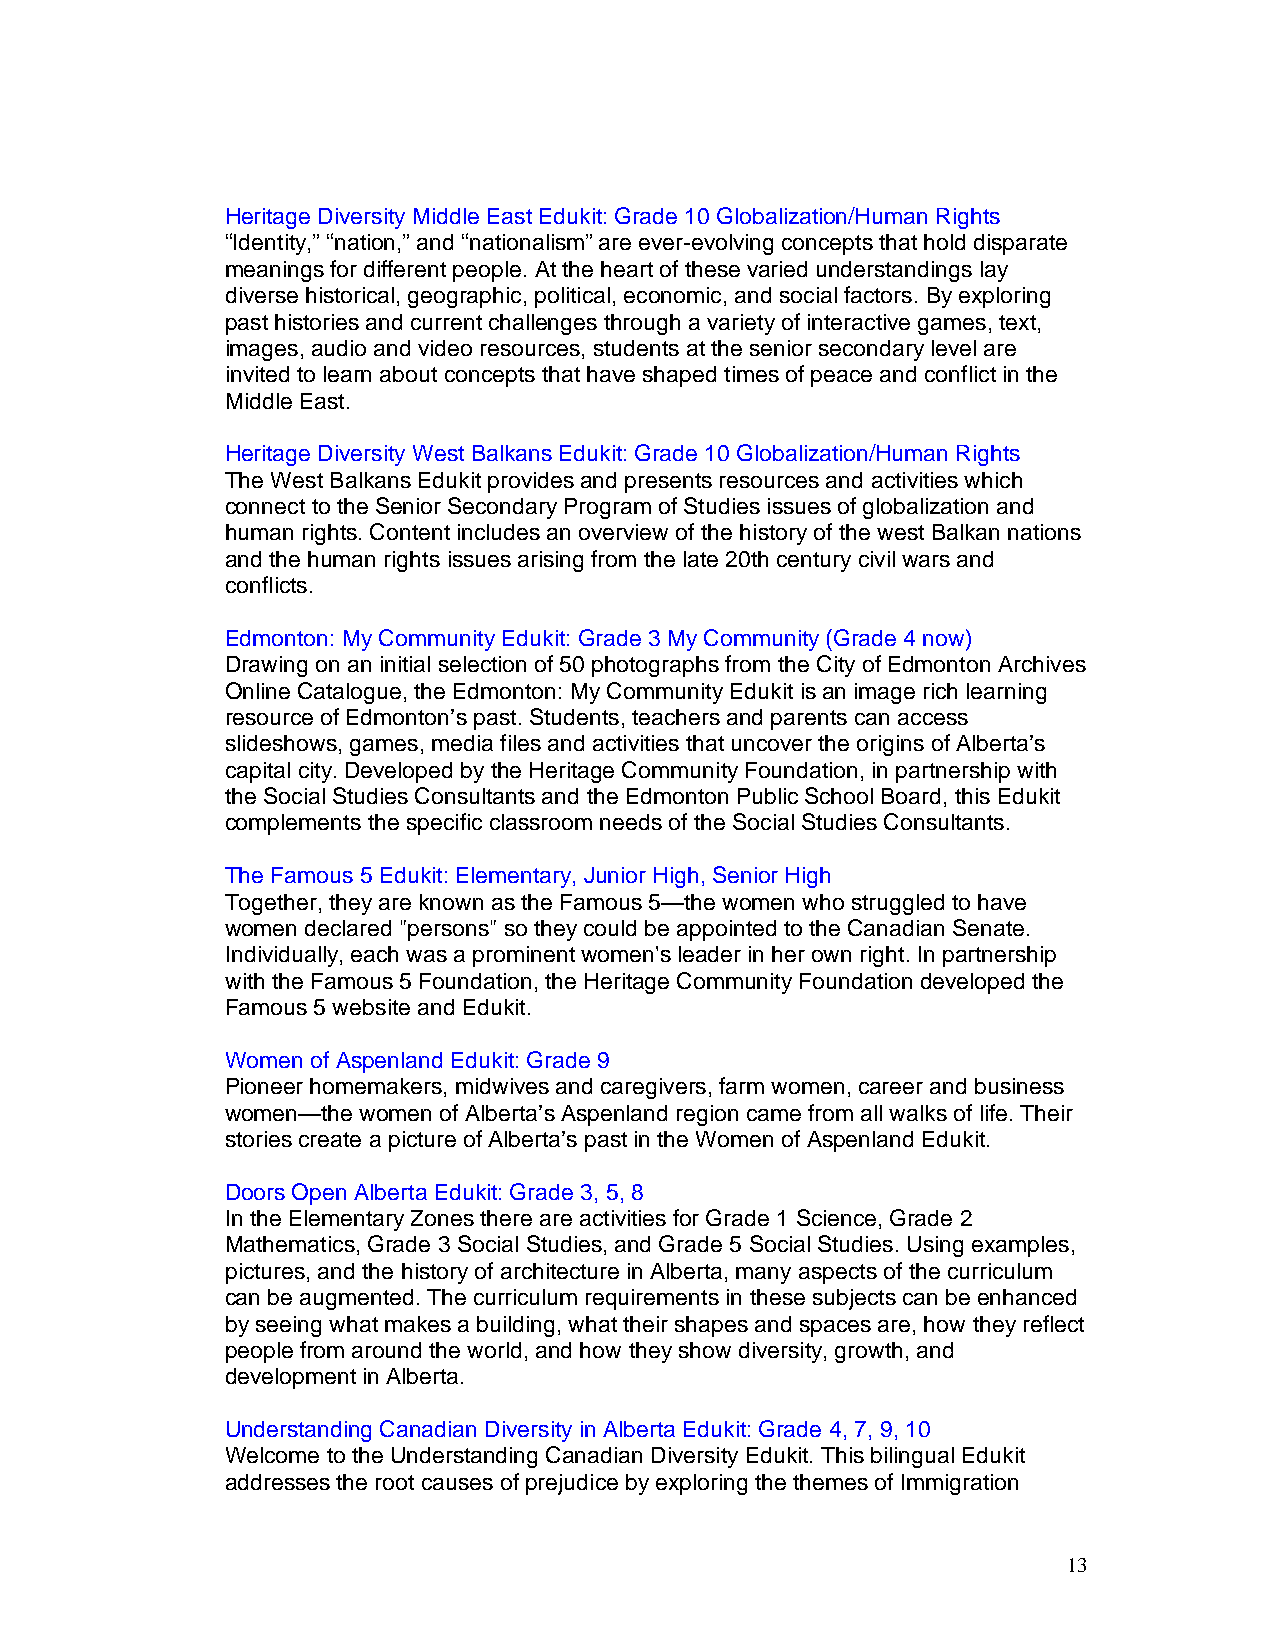
Heritage Diversity Middle East Edukit: Grade 10 Globalization/Human Rights
 “Identity,” “nation,” and “nationalism” are ever-evolving concepts that hold disparate
 meanings for different people. At the heart of these varied understandings lay
 diverse historical, geographic, political, economic, and social factors. By exploring
 past histories and current challenges through a variety of interactive games, text,
 images, audio and video resources, students at the senior secondary level are
 invited to learn about concepts that have shaped times of peace and conflict in the
 Middle East.
 Heritage Diversity West Balkans Edukit: Grade 10 Globalization/Human Rights
 The West Balkans Edukit provides and presents resources and activities which
 connect to the Senior Secondary Program of Studies issues of globalization and
 human rights. Content includes an overview of the history of the west Balkan nations
 and the human rights issues arising from the late 20th century civil wars and
 conflicts.
 Edmonton: My Community Edukit: Grade 3 My Community (Grade 4 now)
 Drawing on an initial selection of 50 photographs from the City of Edmonton Archives
 Online Catalogue, the Edmonton: My Community Edukit is an image rich learning
 resource of Edmonton’s past. Students, teachers and parents can access
 slideshows, games, media files and activities that uncover the origins of Alberta’s
 capital city. Developed by the Heritage Community Foundation, in partnership with
 the Social Studies Consultants and the Edmonton Public School Board, this Edukit
 complements the specific classroom needs of the Social Studies Consultants.
 The Famous 5 Edukit: Elementary, Junior High, Senior High
 Together, they are known as the Famous 5—the women who struggled to have
 women declared "persons" so they could be appointed to the Canadian Senate.
 Individually, each was a prominent women's leader in her own right. In partnership
 with the Famous 5 Foundation, the Heritage Community Foundation developed the
 Famous 5 website and Edukit.
 Women of Aspenland Edukit: Grade 9
 Pioneer homemakers, midwives and caregivers, farm women, career and business
 women—the women of Alberta’s Aspenland region came from all walks of life. Their
 stories create a picture of Alberta’s past in the Women of Aspenland Edukit.
 Doors Open Alberta Edukit: Grade 3, 5, 8
 In the Elementary Zones there are activities for Grade 1 Science, Grade 2
 Mathematics, Grade 3 Social Studies, and Grade 5 Social Studies. Using examples,
 pictures, and the history of architecture in Alberta, many aspects of the curriculum
 can be augmented. The curriculum requirements in these subjects can be enhanced
 by seeing what makes a building, what their shapes and spaces are, how they reflect
 people from around the world, and how they show diversity, growth, and
 development in Alberta.
 Understanding Canadian Diversity in Alberta Edukit: Grade 4, 7, 9, 10
 Welcome to the Understanding Canadian Diversity Edukit. This bilingual Edukit
 addresses the root causes of prejudice by exploring the themes of Immigration
 13